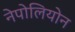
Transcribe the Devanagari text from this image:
नेपोलियोन